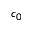
c _ { 0 }